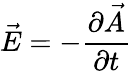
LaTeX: \vec{E}=-\frac{\partial\vec{A}}{\partial t}